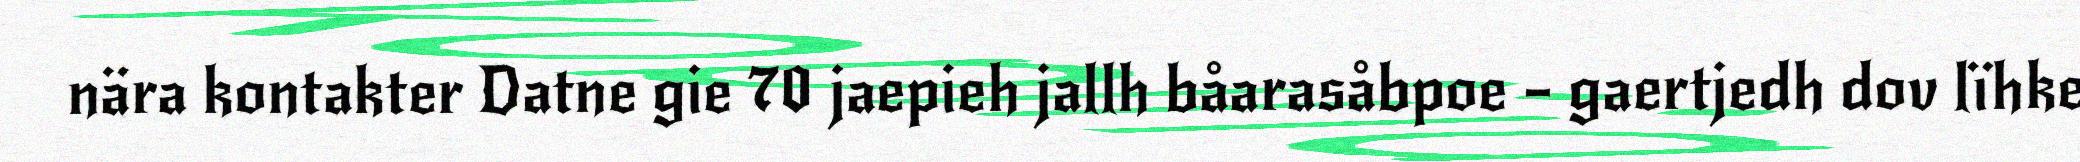
nära kontakter Datne gie 70 jaepieh jallh båarasåbpoe – gaertjedh dov lïhke